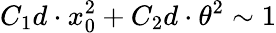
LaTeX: C_{1}d\cdot x_{0}^{2}+C_{2}d\cdot\theta^{2}\sim 1